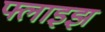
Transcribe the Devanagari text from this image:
फ्लाइझ